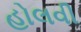
હોલવી